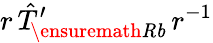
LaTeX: r\, \hat{T}_{\! \ensuremath{\mathit{Rb}}}^{\prime}\, r^{-1}